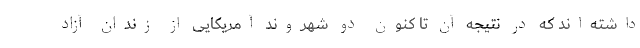
داشته‌اند که در نتیجه آن تا کنون دو شهروند آمریکایی از زندان آزاد